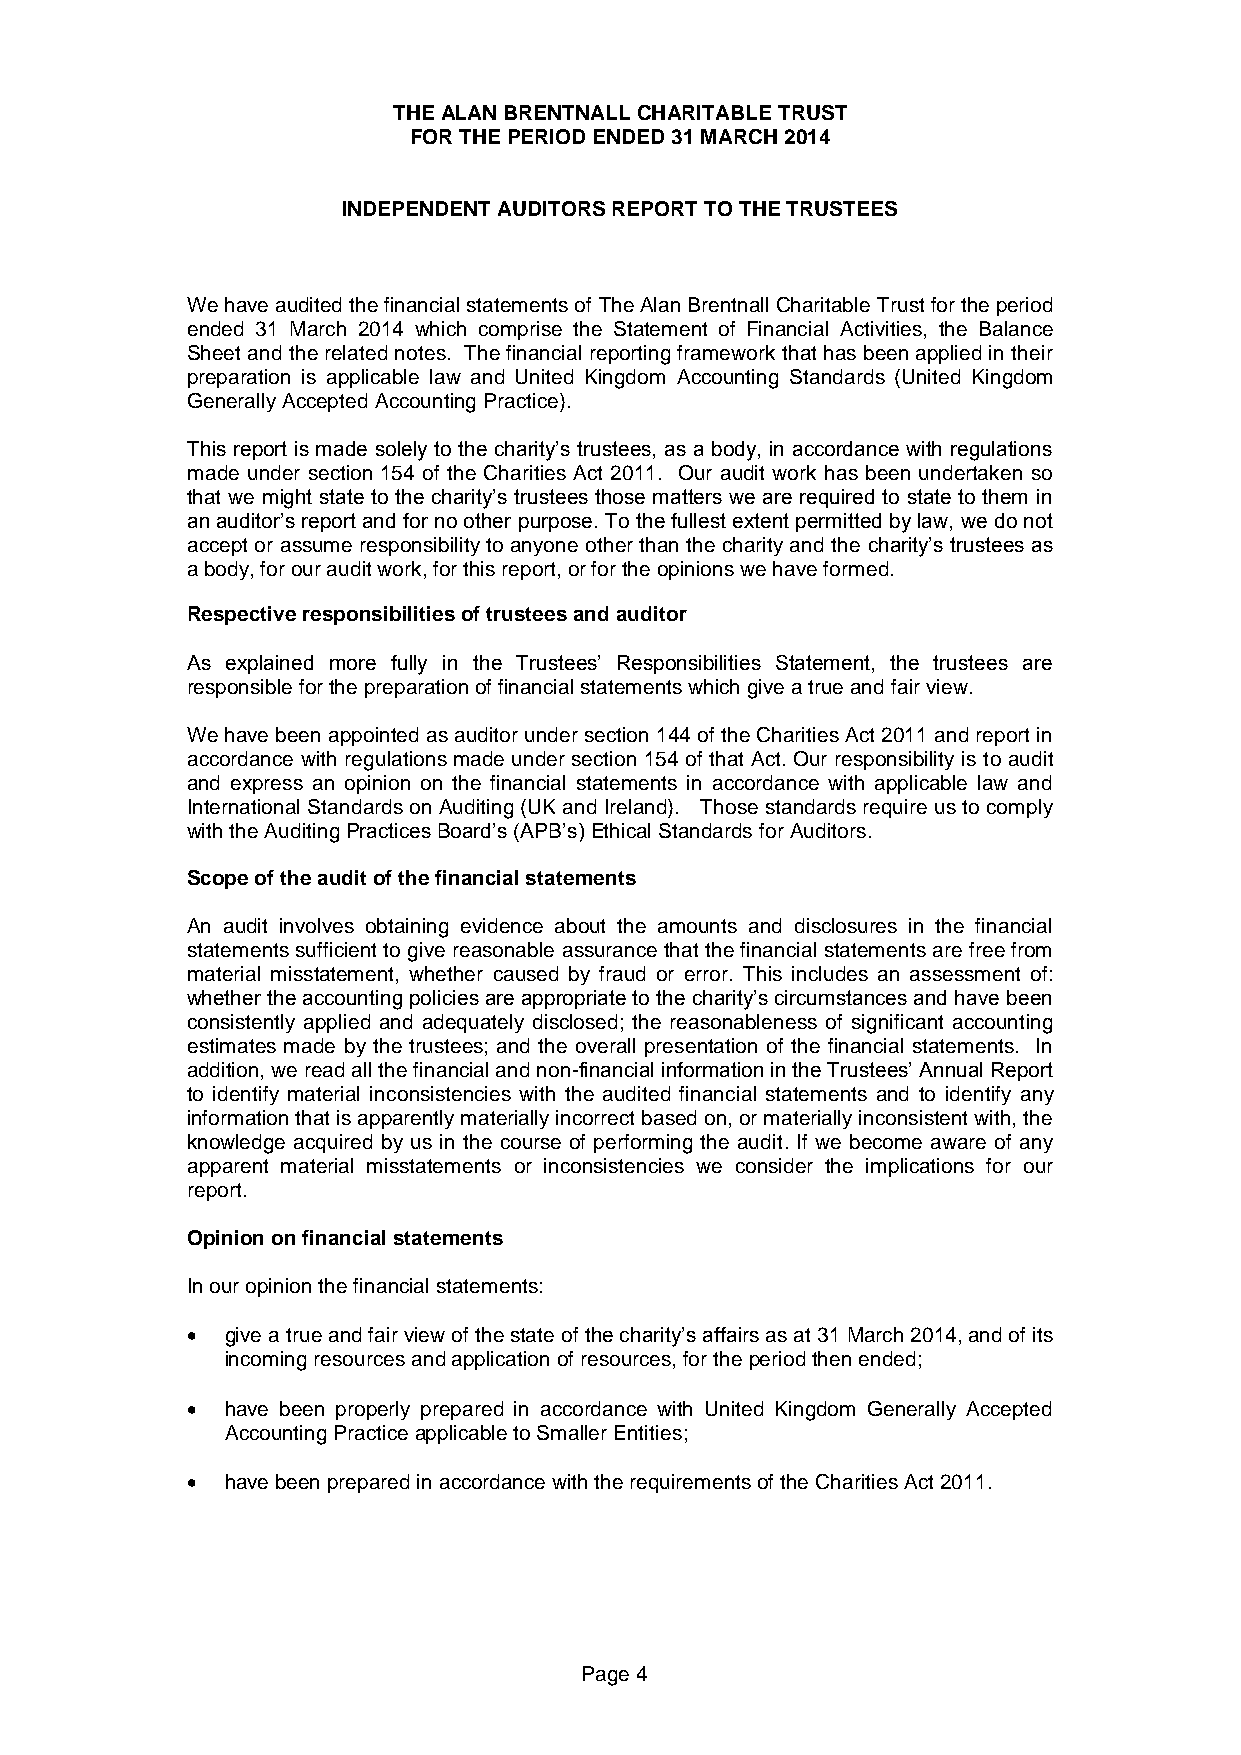
THE ALAN BRENTNALL CHARITABLE TRUST
 FOR THE PERIOD ENDED 31 MARCH 2014
 INDEPENDENT AUDITORS REPORT TO THE TRUSTEES
 We have audited the financial statements of The Alan Brentnall Charitable Trust for the period
 ended 31 March 2014 which comprise the Statement of Financial Activities, the Balance
 Sheet and the related notes. The financial reporting framework that has been applied in their
 preparation is applicable law and United Kingdom Accounting Standards (United Kingdom
 Generally Accepted Accounting Practice).
 This report is made solely to the charity’s trustees, as a body, in accordance with regulations
 made under section 154 of the Charities Act 2011. Our audit work has been undertaken so
 that we might state to the charity’s trustees those matters we are required to state to them in
 an auditor’s report and for no other purpose. To the fullest extent permitted by law, we do not
 accept or assume responsibility to anyone other than the charity and the charity’s trustees as
 a body, for our audit work, for this report, or for the opinions we have formed.
 Respective responsibilities of trustees and auditor
 As explained more fully in the Trustees’ Responsibilities Statement, the trustees are
 responsible for the preparation of financial statements which give a true and fair view.
 We have been appointed as auditor under section 144 of the Charities Act 2011 and report in
 accordance with regulations made under section 154 of that Act. Our responsibility is to audit
 and express an opinion on the financial statements in accordance with applicable law and
 International Standards on Auditing (UK and Ireland). Those standards require us to comply
 with the Auditing Practices Board’s (APB’s) Ethical Standards for Auditors.
 Scope of the audit of the financial statements
 An audit involves obtaining evidence about the amounts and disclosures in the financial
 statements sufficient to give reasonable assurance that the financial statements are free from
 material misstatement, whether caused by fraud or error. This includes an assessment of:
 whether the accounting policies are appropriate to the charity’s circumstances and have been
 consistently applied and adequately disclosed; the reasonableness of significant accounting
 estimates made by the trustees; and the overall presentation of the financial statements. In
 addition, we read all the financial and non-financial information in the Trustees’ Annual Report
 to identify material inconsistencies with the audited financial statements and to identify any
 information that is apparently materially incorrect based on, or materially inconsistent with, the
 knowledge acquired by us in the course of performing the audit. If we become aware of any
 apparent material misstatements or inconsistencies we consider the implications for our
 report.
 Opinion on financial statements
 In our opinion the financial statements:
   give a true and fair view of the state of the charity’s affairs as at 31 March 2014, and of its
 incoming resources and application of resources, for the period then ended;
   have been properly prepared in accordance with United Kingdom Generally Accepted
 Accounting Practice applicable to Smaller Entities;
   have been prepared in accordance with the requirements of the Charities Act 2011.
 Page 4